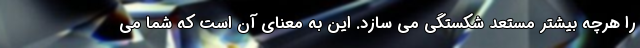
را هرچه بیشتر مستعد شکستگی می سازد. این به معنای آن است که شما می